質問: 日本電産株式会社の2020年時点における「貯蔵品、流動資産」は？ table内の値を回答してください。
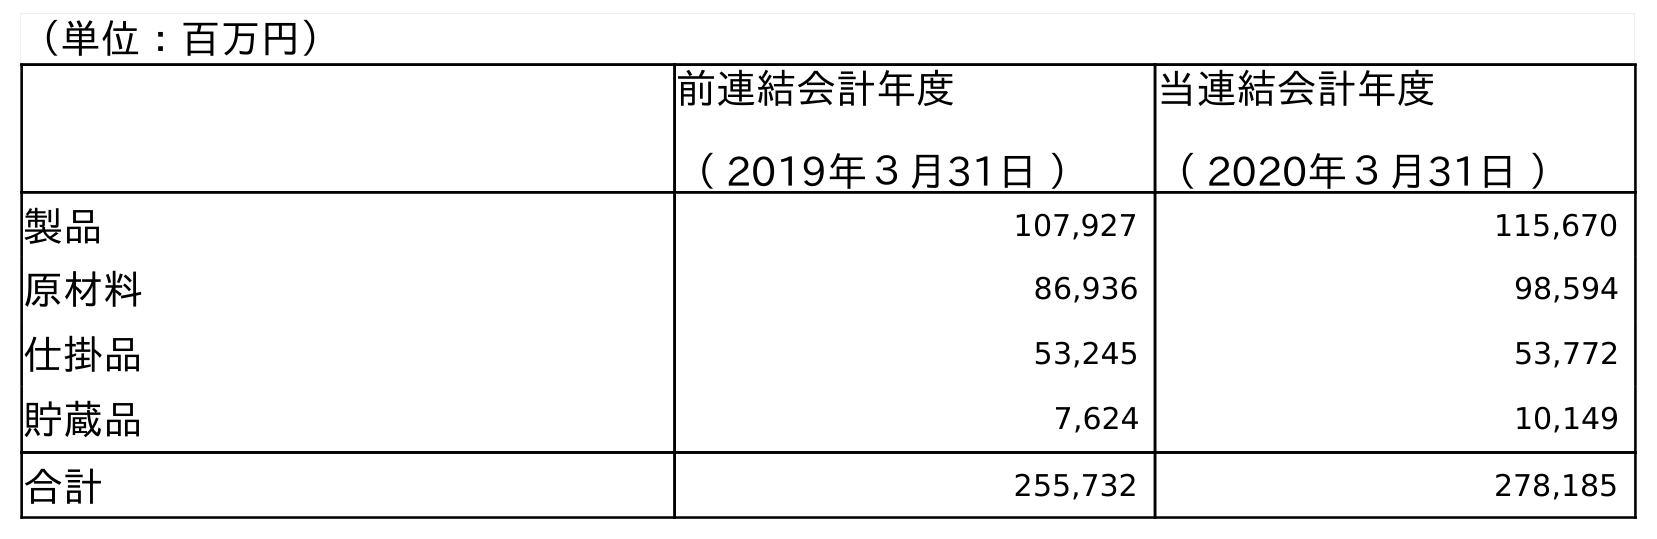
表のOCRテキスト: （単位：百万円） 前連結会計年度 （ 2019年３月31日 ） 当連結会計年度 （ 2020年３月31日 ） 製品 107,927 115,670 原材料 86,936 98,594 仕掛品 53,245 53,772 貯蔵品 7,624 10,149 合計 255,732 278,185
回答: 10,149